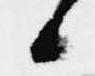
候